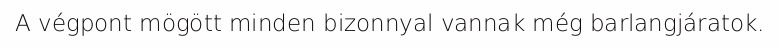
A végpont mögött minden bizonnyal vannak még barlangjáratok.